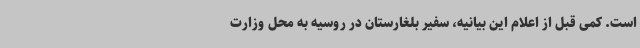
است. کمی قبل از اعلام این بیانیه، سفیر بلغارستان در روسیه به محل وزارت